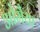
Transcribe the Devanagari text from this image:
ओमैया